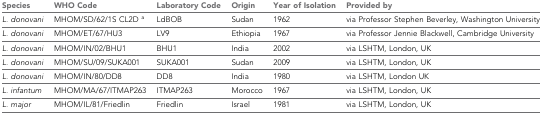
| Species | WHO Code | Laboratory Code | Origin | Year of Isolation | Provided by |
 | --- | --- | --- | --- | --- | --- |
 | L. donovani | MHOM/SD/62/1S CL2D a | LdBOB | Sudan | 1962 | via Professor Stephen Beverley, Washington University |
 | L. donovani | MHOM/ET/67/HU3 | LV9 | Ethiopia | 1967 | via Professor Jennie Blackwell, Cambridge University |
 | L. donovani | MHOM/IN/02/BHU1 | BHU1 | India | 2002 | via LSHTM, London, UK |
 | L. donovani | MHOM/SU/09/SUKA001 | SUKA001 | Sudan | 2009 | via LSHTM, London, UK |
 | L. donovani | MHOM/IN/80/DD8 | DD8 | India | 1980 | via LSHTM, London UK |
 | L. infantum | MHOM/MA/67/ITMAP263 | ITMAP263 | Morocco | 1967 | via LSHTM, London, UK |
 | L. major | MHOM/IL/81/Friedlin | Friedlin | Israel | 1981 | via LSHTM, London, UK |